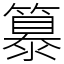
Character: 𥴠